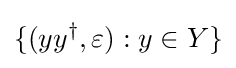
\{(yy^{\dagger },\varepsilon ):y\in Y\}